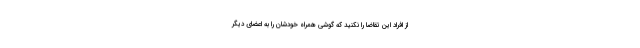
از افراد این تقاضا را نکنید که گوشی همراه خودشان را به اعضای دیگر